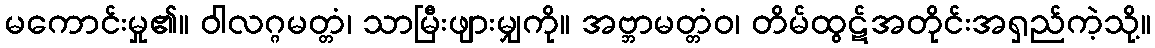
မကောင်းမှု၏။ ဝါလဂ္ဂမတ္တံ၊ သာမြီးဖျားမျှကို။ အဗ္ဘာမတ္တံဝ၊ တိမ်ထွဋ်အတိုင်းအရှည်ကဲ့သို့။